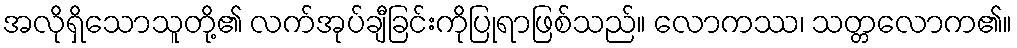
အလိုရှိသောသူတို့၏ လက်အုပ်ချီခြင်းကိုပြုရာဖြစ်သည်။ လောကဿ၊ သတ္တလောက၏။